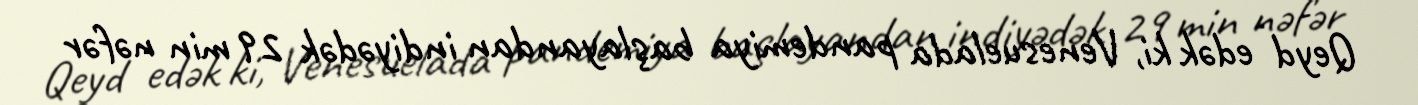
Qeyd edək ki, Venesuelada pandemiya başlayandan indiyədək 29 min nəfər